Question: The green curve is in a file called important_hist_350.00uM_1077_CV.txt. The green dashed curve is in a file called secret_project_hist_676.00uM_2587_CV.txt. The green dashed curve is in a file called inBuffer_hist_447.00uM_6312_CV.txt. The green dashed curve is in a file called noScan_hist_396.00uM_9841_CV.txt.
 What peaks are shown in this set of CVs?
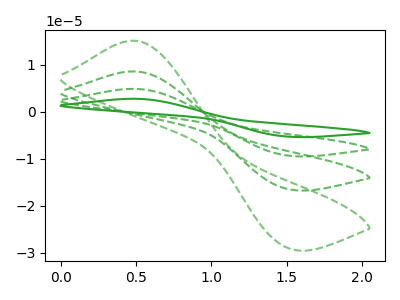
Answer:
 <answer>The green curve "hist 350.00uM" has an anodic peak at (0.50V, 25.70uA) and a cathodic peak at (1.50V, -49.30uA). The green dashed curve "hist 676.00uM" has an anodic peak at (0.50V, 15.10uA) and a cathodic peak at (1.50V, -28.95uA). The green dashed curve "hist 447.00uM" has an anodic peak at (0.50V, 17.15uA) and a cathodic peak at (1.50V, -32.90uA). The green dashed curve "hist 396.00uM" has an anodic peak at (0.50V, 8.55uA) and a cathodic peak at (1.50V, -16.45uA).</answer>
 <eval></eval>